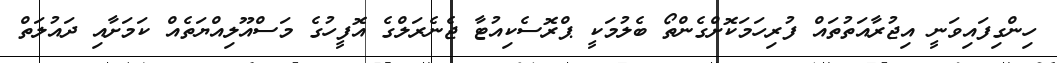
ހިންގިފައިވަނީ އިޖުރާއަތުތައް ފުރިހަމަކޮށްގެންތޯ ބެލުމަކީ ޕްރޮސެކިއުޓާ ޖެނެރަލްގެ އޮފީހުގެ މަސްއޫލިއްޔަތެއް ކަމަށާއި ދައުލަތް